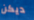
ديكن